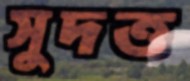
সুদত্ত